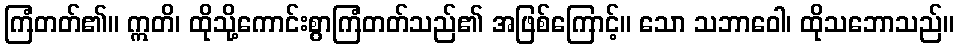
ကြံတတ်၏။ ဣတိ၊ ထိုသို့ကောင်းစွာကြံတတ်သည်၏ အဖြစ်ကြောင့်။ သော သဘာဝေါ၊ ထိုသဘောသည်။